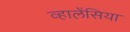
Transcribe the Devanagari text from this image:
व्हालेंसिया